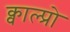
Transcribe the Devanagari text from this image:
क्वाल्प्रो